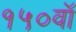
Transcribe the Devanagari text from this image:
१५०वॉ